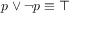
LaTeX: p \vee \neg p \equiv \top